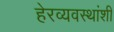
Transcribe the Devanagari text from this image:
हेरव्यवस्थांशी